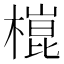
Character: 𣙍